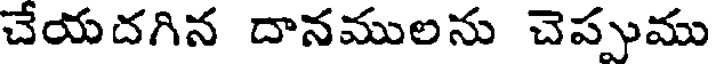
చేయదగిన దానములను చెప్పుము